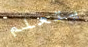
يتعلم